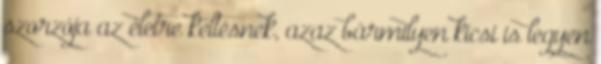
szorzója az életre keltésnek, azaz bármilyen kicsi is legyen